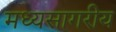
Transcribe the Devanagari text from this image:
मध्यसागरीय